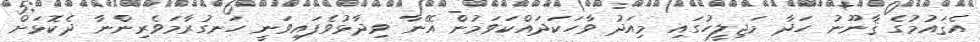
އެޤައުމުގެ ޤާނޫނު ހަދާ މަޖިލީހުގައި މިއަދު ވާހަކަދައްކަވަމުން އޭނާ ވިދާޅުވެފައިވަނީ ހަނގުރާމަވެރިންނާ ދެކޮޅަށް